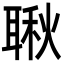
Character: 䎿